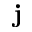
\textbf { j }